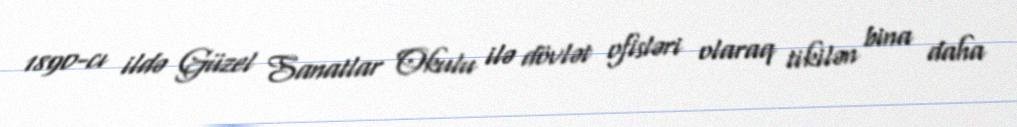
1890-cı ildə Güzel Sanatlar Okulu ilə dövlət ofisləri olaraq tikilən bina daha